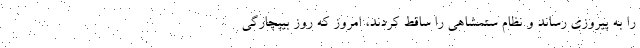
را به پیروزی رساند و نظام ستمشاهی را ساقط کردند، امروز که روز بیپچارگی